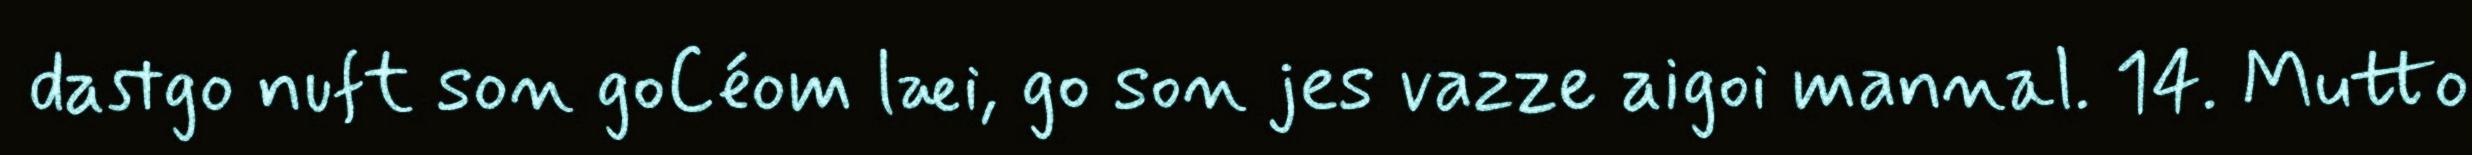
dastgo nuft son goCéom læi, go son jes vazze aigoi mannal. 14. Mutto